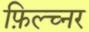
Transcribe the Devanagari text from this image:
फ़िल्च्नर